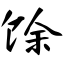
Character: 馀